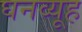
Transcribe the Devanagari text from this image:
घनव्यूह